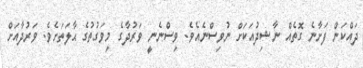
ދައްކަން ފަށާނެ ގޮތެއް ނާޝިދުއަކަށް ނުވިސްނެއެވެ. ވިސްނެނީ ވަރުދާގެ މިވަގުތުގެ ޙާލަތަށެވެ. ވަރުދާއަށް